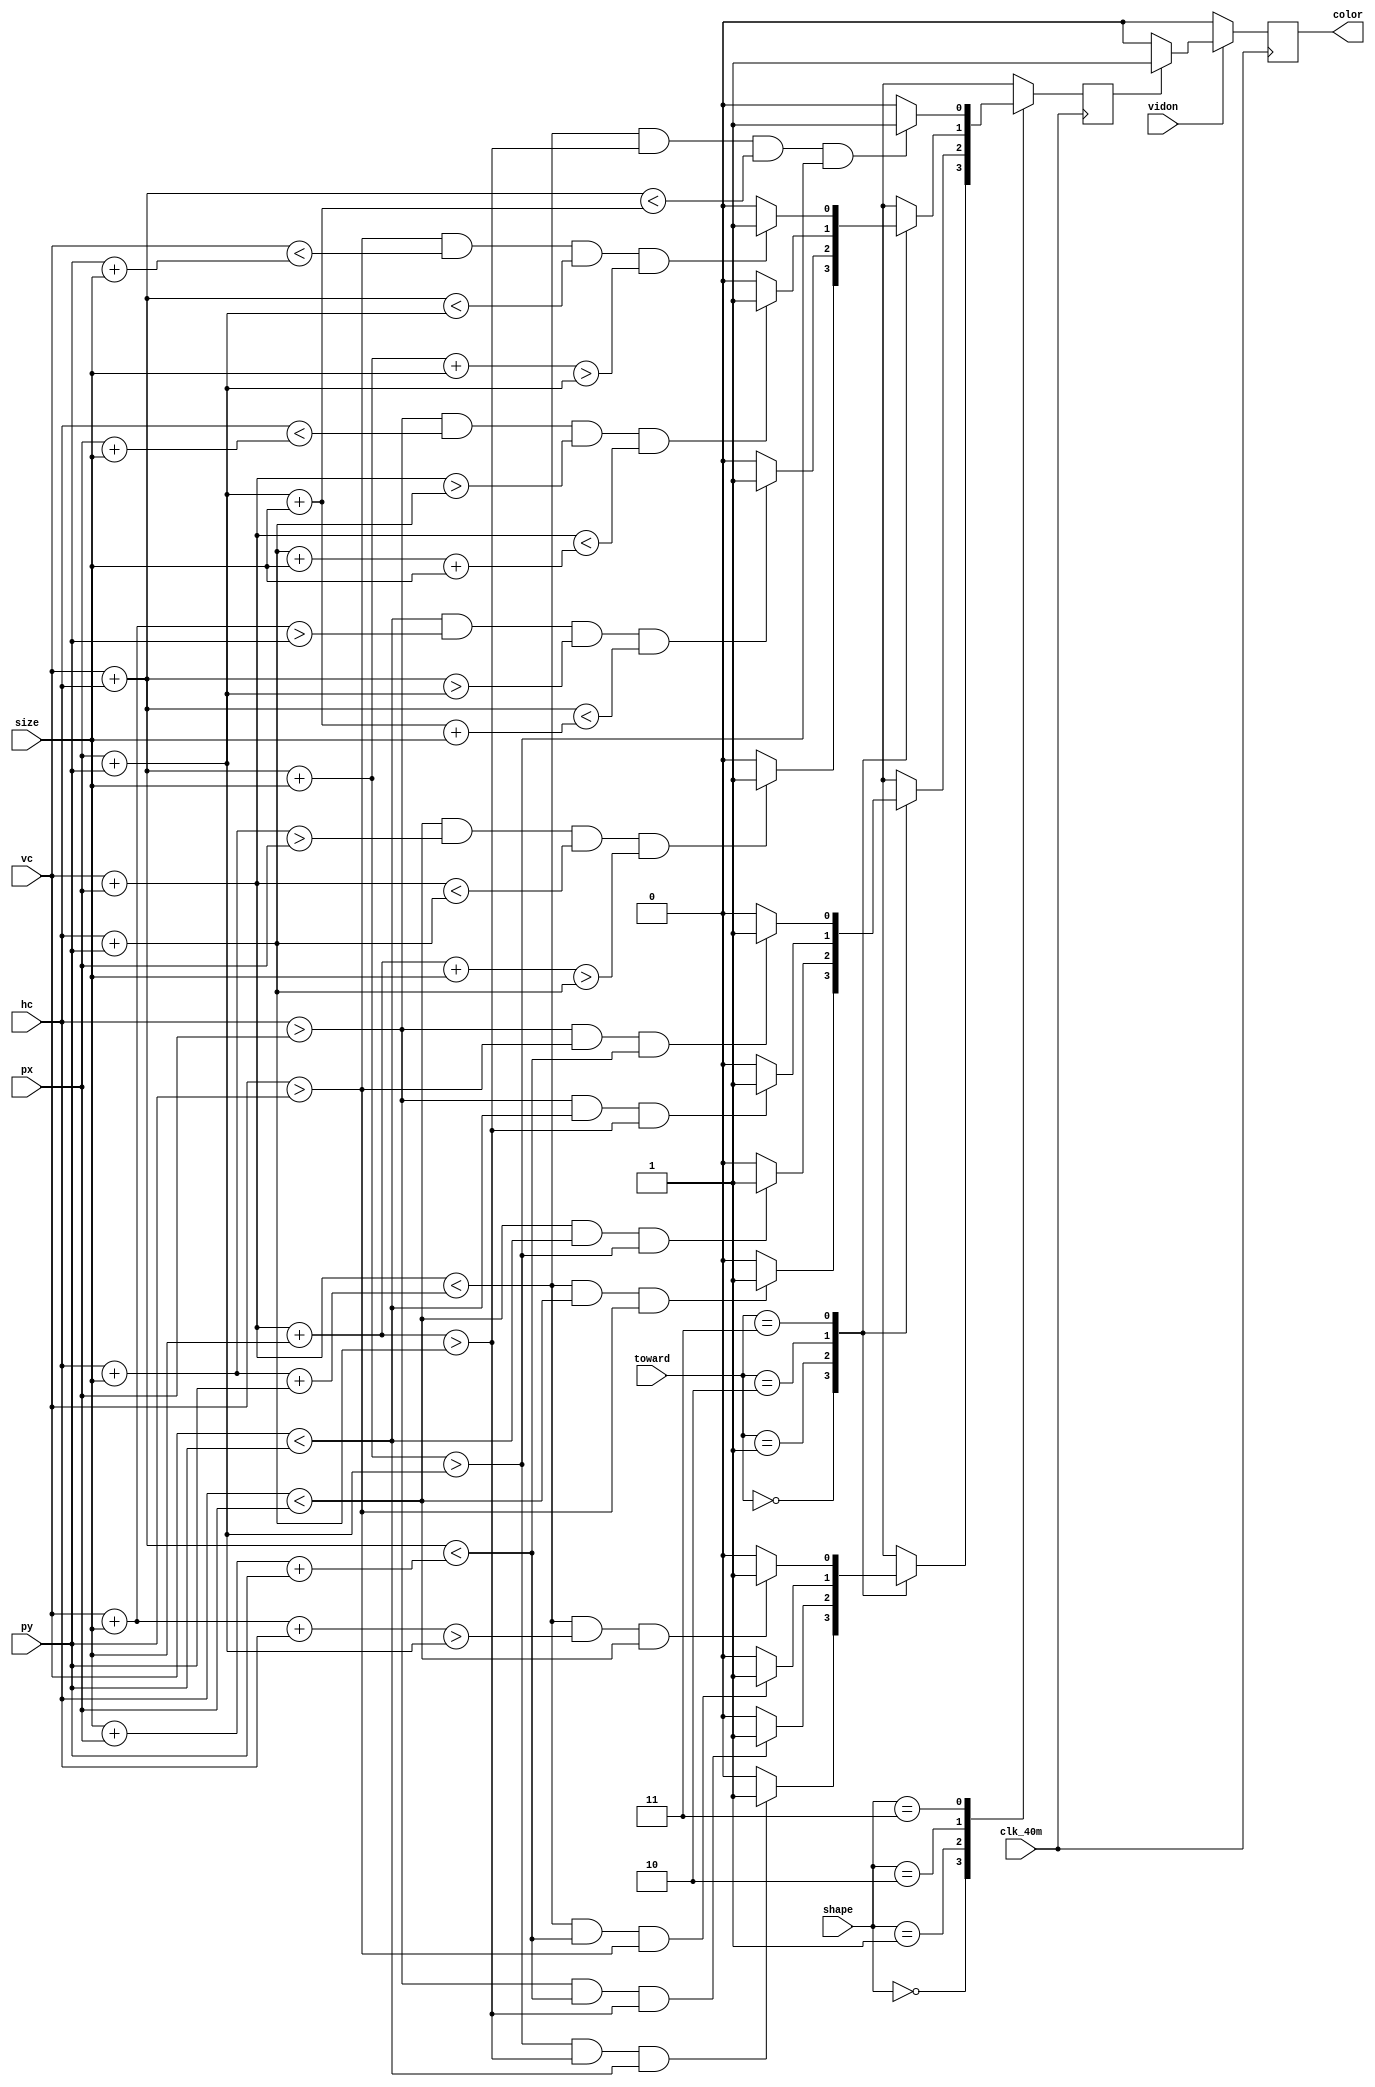
module shape(
	input clk_40m,
	input [10:0] hc,vc,
	input vidon,
	input [1:0] shape,
	input [9:0] size,
	input [10:0] px,py,
	input [1:0] toward,

	
	output reg color);
	
	parameter triangle1=2'b00,triangle2=2'b01,parallelogram=2'b10,diamond=2'b11;
	
	
	reg in_shape;
	always @(posedge clk_40m) begin
		case (shape)	
			triangle1:begin 
				case (toward)
					2'b00:	
						begin
							if((vc+hc+size>px+py) && (vc+px+size>hc+py) && ( vc<py))
								in_shape<=1;
							else in_shape<=0;
						end
					2'b01:
						begin 
							if((hc>px )&&(vc+hc<size+px+py )&&(vc+px+size>hc+py ))
								in_shape<=1;
							else in_shape<=0;
						
						end
					
					
					2'b10:
						begin 
							if((vc+px<hc+size+py)&&(vc+hc<size+px+py )&&(vc>py))
								in_shape<=1;
							else in_shape<=0;
						
						end
					
					
					2'b11:
						begin
							if(	(vc+px<hc+size+py )&&(vc+size+hc>px+py)&&(hc<px))
								in_shape<=1;
							else in_shape<=0;
						
						end
				endcase
					
			end
			
			triangle2:
				case (toward)
					2'b00:	
						begin 
							if ((vc+px <hc+size+py)&&(hc<px)&&(vc>py))
								in_shape<=1;
							else in_shape<=0;
						end
					2'b01:
						begin 
							if((hc<px )&&(vc<py )&&(vc+hc+size>px+py ))
								in_shape<=1;
							else in_shape<=0;
						
						end
					
					
					2'b10:
						begin 
							if((hc>px)&&(vc<py)&&(vc+px+size >hc+py ))
								in_shape<=1;
							else in_shape<=0;
						
						end
					
					
					2'b11:
						begin
							if((hc>px )&&(vc>py )&&(vc+hc<size+px+py ))
								in_shape<=1;
							else in_shape<=0;
						
						end
				endcase
			
			

			
			parallelogram:
				case (toward)
					2'b00:	
						begin
							if ((hc<px)&&(hc+size>px )&&(vc+px <hc+py) && (vc+px+size+size>hc+py))
								in_shape<=1;
							else in_shape<=0;
						end
					2'b01:
						begin 
							if((vc<py) &&(vc+size>py)&&(vc+hc>px+py)&&(vc+hc<px+py+size+size))
								in_shape<=1;
							else in_shape<=0;
						
						end
					
					
					2'b10:
						begin 
							if((hc>px )&&(hc<px+size)&&(vc+px>hc+py)&&(vc+px <hc+py+size+size))
								in_shape<=1;
							else in_shape<=0;
						
						end
					
					
					2'b11:
						begin
							if((vc>py)&&(vc<py+size)&&(vc+hc<px+py)&&(vc+hc+size+size>px+py))
								in_shape<=1;
							else in_shape<=0;
						
						end
				endcase
			

			diamond:begin
				if ((vc+px<hc+size+py)&&(vc+px+size >hc+py )&&(vc+hc<px+py+size) &&(vc+hc+size>px+py))
					in_shape<=1;
				else in_shape<=0;
			end
		endcase
	end
	
	
	
	always @(posedge clk_40m) begin
		if (vidon==1) begin 
			if(in_shape) color <=1; 
			else color<=0;
		end
		
		else color<=0;
	end
	
	
	
	endmodule